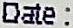
DATE :